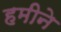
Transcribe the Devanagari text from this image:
हमीने